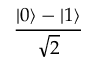
\frac { | 0 \rangle - | 1 \rangle } { \sqrt { 2 } }